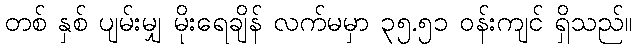
တစ် နှစ် ပျမ်းမျှ မိုးရေချိန် လက်မမှာ ၃၅.၅၁ ဝန်းကျင် ရှိသည်။